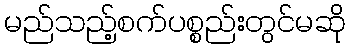
မည်သည့်စက်ပစ္စည်းတွင်မဆို